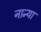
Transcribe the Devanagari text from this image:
नान्या